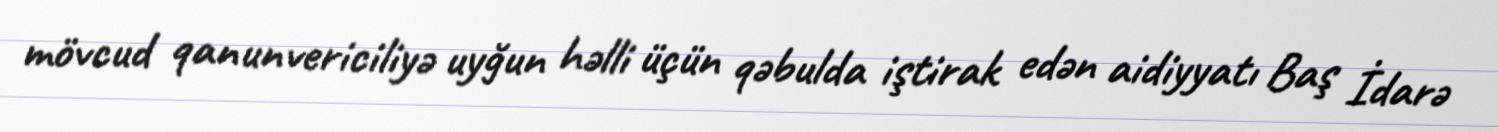
mövcud qanunvericiliyə uyğun həlli üçün qəbulda iştirak edən aidiyyatı Baş İdarə